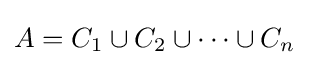
A=C_{1}\cup C_{2}\cup \cdots \cup C_{n}